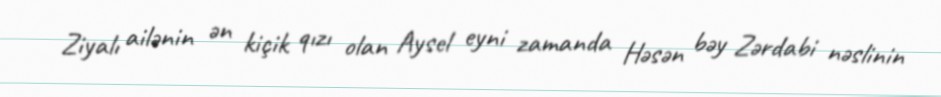
Ziyalı ailənin ən kiçik qızı olan Aysel eyni zamanda Həsən bəy Zərdabi nəslinin